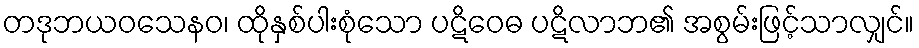
တဒုဘယဝသေနဝ၊ ထိုနှစ်ပါးစုံသော ပဋိဝေဓ ပဋိလာဘ၏ အစွမ်းဖြင့်သာလျှင်။